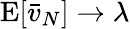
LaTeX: \operatorname{E}[{\bar{v}}_{N}]\to\lambda